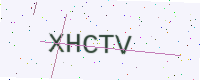
Text: XHCTV